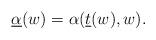
LaTeX: \begin{align*} \underline{\alpha}(w)=\alpha(\underline{t}(w),w).\end{align*}